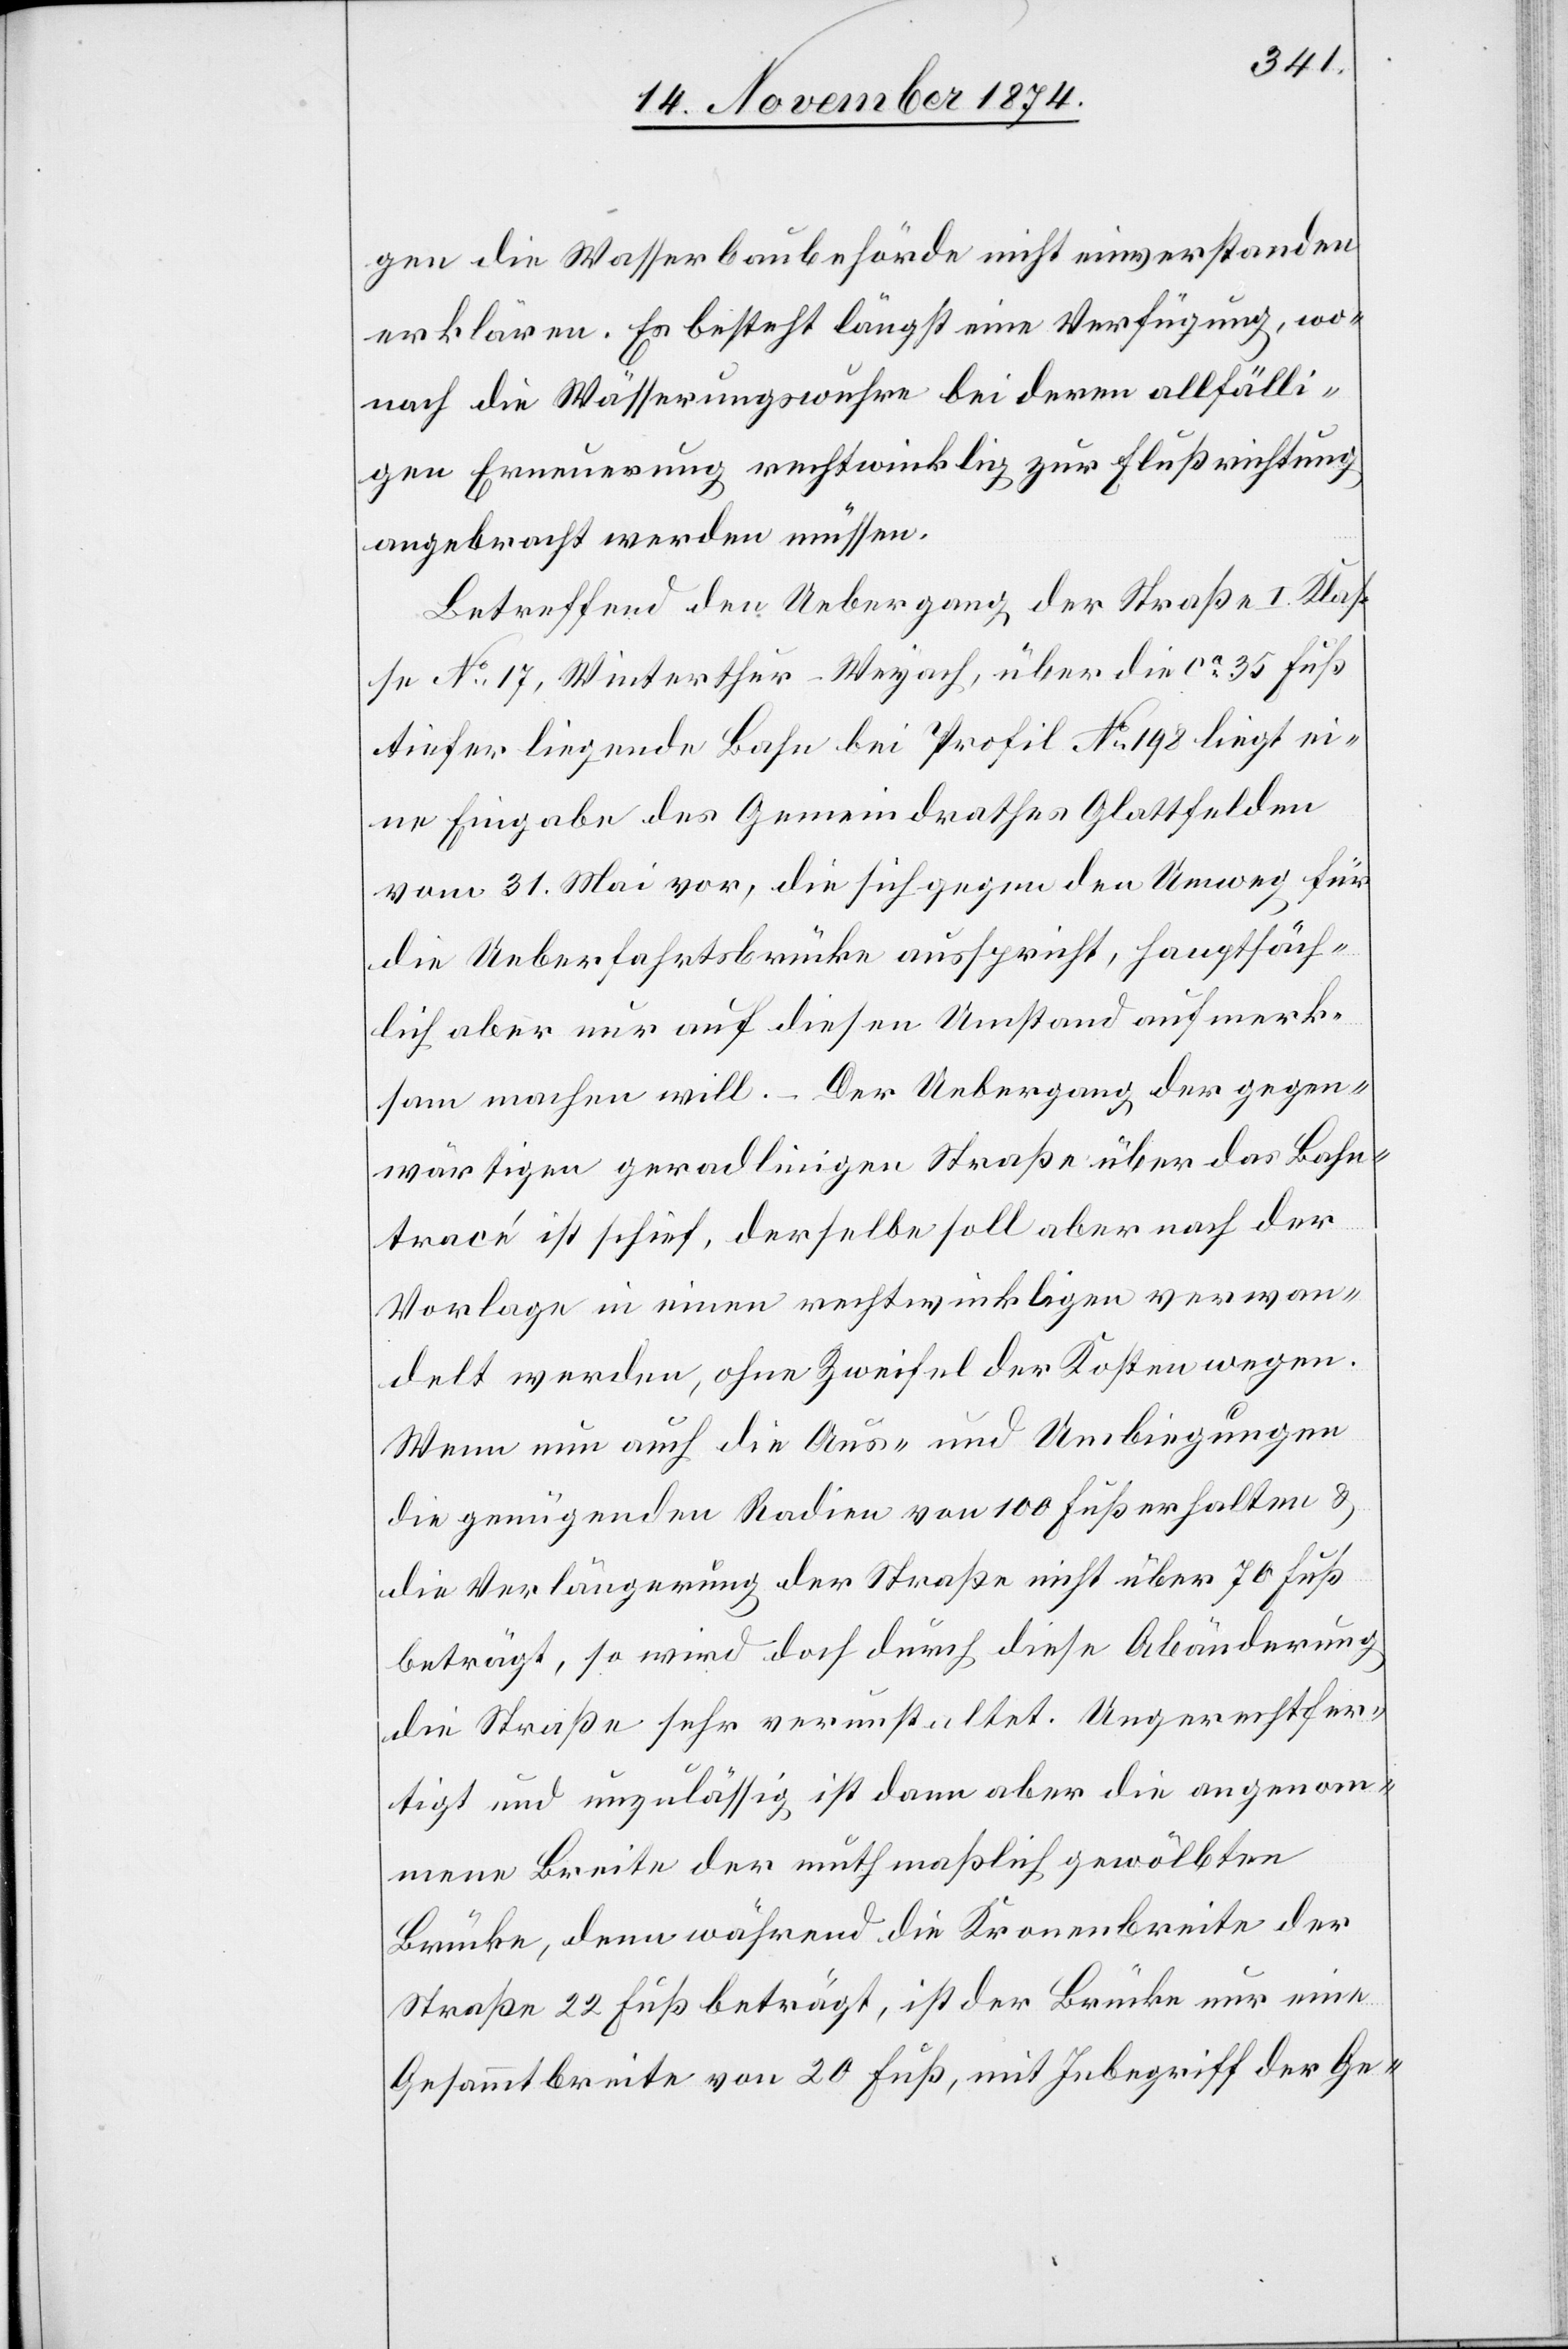
gen die Wasserbaubehörde nicht einverstanden
erklären. Es besteht längst eine Verfügung, wo¬
nach die Wässerungswuhre bei deren allfälli¬
gen Erneuerung rechtwinklig zur Flußrichtung
angebracht werden müssen.
Betreffend den Uebergang der Straße I. Klas¬
se No 17, Winterthur–Weyach, über die ca 35 Fuß
tiefer liegende Bahn bei Profil No 198 liegt ei¬
ne Eingabe des Gemeindrathes Glattfelden
vom 31. Mai vor, die sich gegen den Umweg für
die Ueberfahrtsbrücke ausspricht, hauptsäch¬
lich aber nur auf diesen Umstand aufmerk¬
sam machen will. – Der Uebergang der gegen¬
wärtigen geradlinigen Straße über das Bahn¬
tracé ist schief, derselbe soll aber nach der
Vorlage in einen rechtwinkligen verwan¬
delt werden, ohne Zweifel der Kosten wegen.
Wenn nun auch die Aus- und Umbiegungen
die genügenden Radien von 100 Fuß erhalten &
die Verlängerung der Straße nicht über 70 Fuß
beträgt, so wird doch durch diese Abänderung
die Straße sehr verunstaltet. Ungerechtfer¬
tigt und unzulässig ist dann aber die angenom¬
mene Breite der muthmaßlich gewölbten
Brücke, denn während die Kronenbreite der
Straße 22 Fuß beträgt, ist der Brücke nur eine
Gesammtbreite von 20 Fuß, mit Inbegriff der Ge-